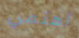
اهتمي